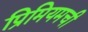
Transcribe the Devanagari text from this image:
प्रिमियमची